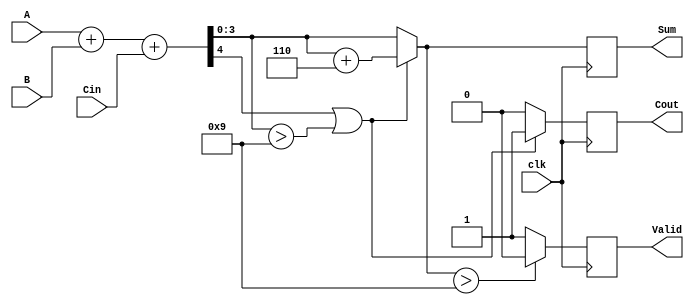
module BCD_Synchronous_Adder (
    input wire [3:0] A,       // First BCD digit
    input wire [3:0] B,       // Second BCD digit
    input wire Cin,           // Carry input
    input wire clk,           // Clock input
    output reg [3:0] Sum,     // Resulting BCD digit
    output reg Cout,          // Carry output
    output reg Valid          // Valid BCD output signal
);

    reg [4:0] Temp_Sum;       // 5-bit temporary sum

    always @(posedge clk) begin
        // Step 1: Perform binary addition
        Temp_Sum = A + B + Cin;

        // Step 2: BCD correction logic
        if (Temp_Sum[4] || (Temp_Sum[3:0] > 4'b1001)) begin
            // Correction needed
            Sum = Temp_Sum[3:0] + 4'b0110; // Add 6
            Cout = 1'b1;                   // Set carry out
        end else begin
            // No correction needed
            Sum = Temp_Sum[3:0];
            Cout = 1'b0;                   // No carry out
        end

        // Step 3: Determine Valid signal
        if (Sum > 4'b1001) begin
            Valid = 1'b0; // Invalid BCD if sum exceeds 9
        end else begin
            Valid = 1'b1; // Valid BCD
        end
    end

endmodule